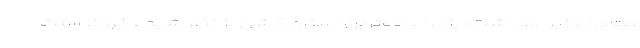
معاون وزیر بهداشت: یزد، آلوده‌ترین استان کشور از نظر شیوع کرونا است